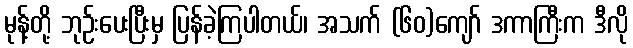
မုန့်တို့ ဘုဉ်းပေးပြီးမှ ပြန်ခဲ့ကြပါတယ်၊ အသက် (၆၀)ကျော် ဒကာကြီးက ဒီလို